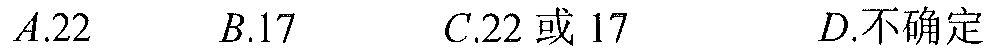
$A.22$  $B.17$  $C.22或17$  $D.不确定$